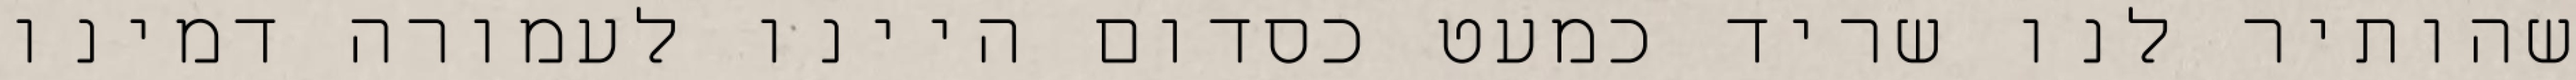
שהותיר לנו שריד כמעט כסדום היינו לעמורה דמינו